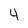
Character: 4